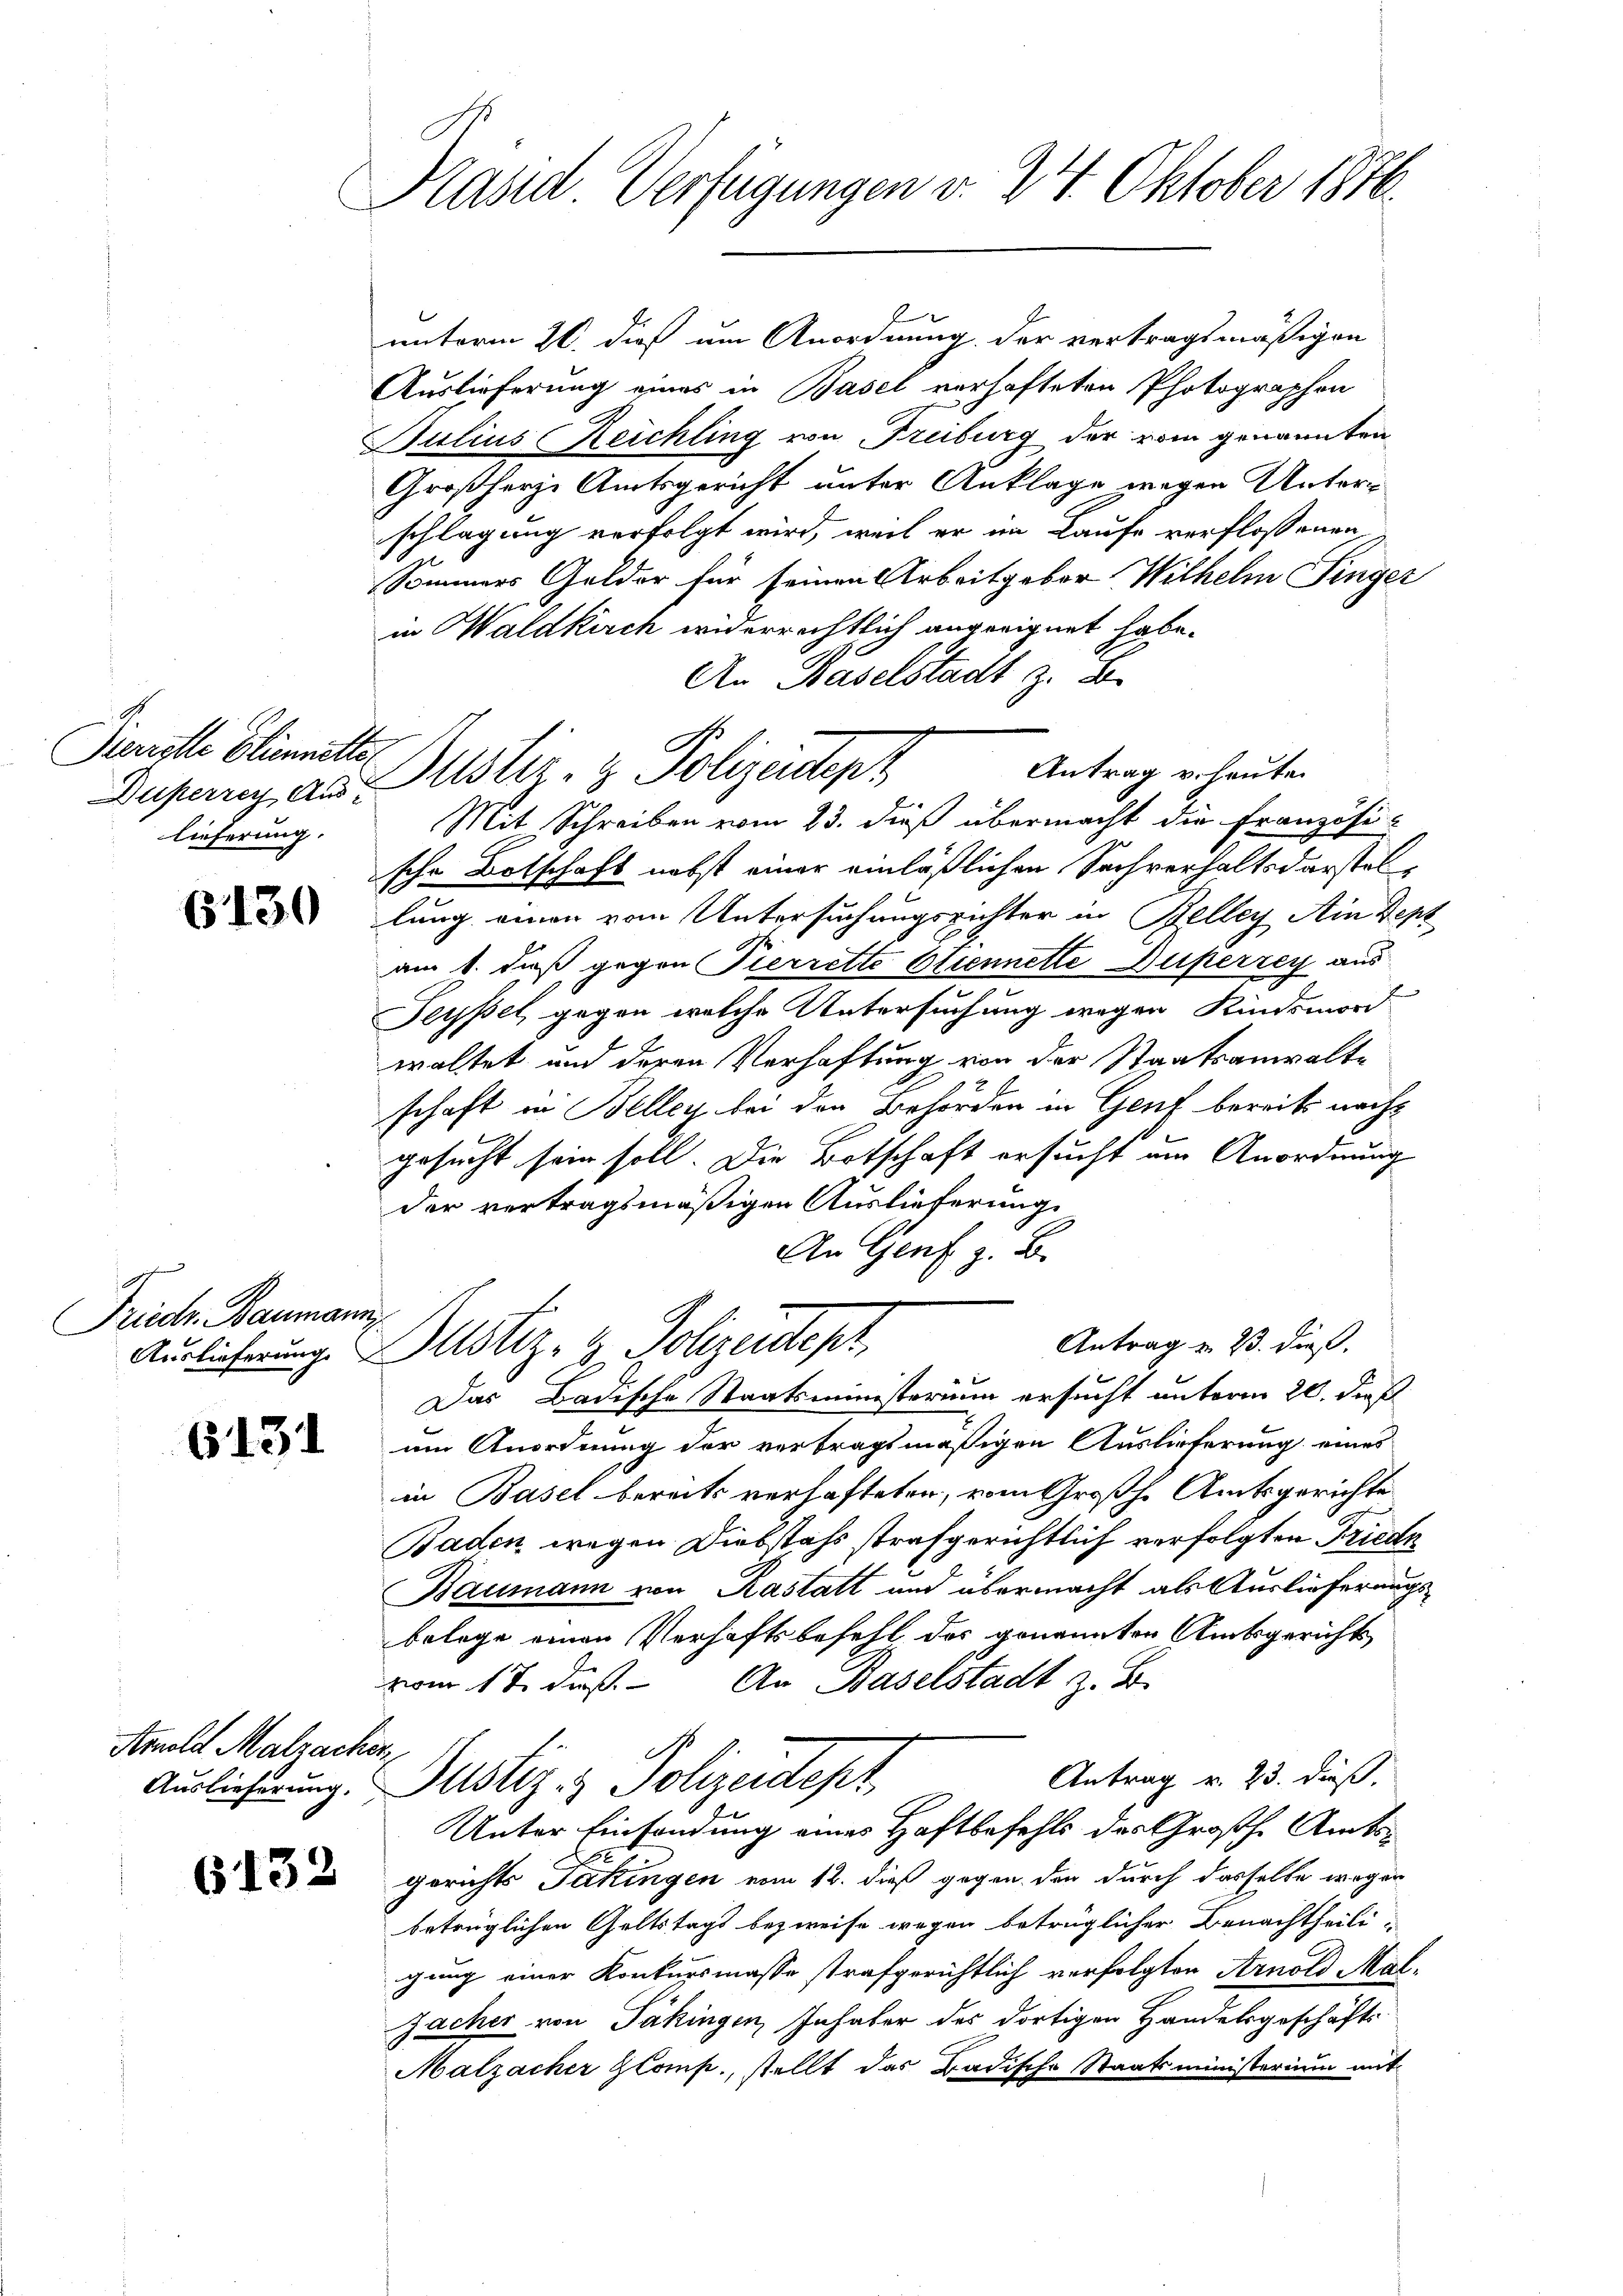
Pierrette Cliennette
Deißerrey Aus-
lieferung.

6130

Friedr. Baumanni

6131

Arnold Malzacher

6132

Präsid Verfügungen v. 24. Oktober 1816.

unterm 26. dieß um Anordnung der vertragsmäßigen
Auslieferung eines in Basel verhafteten Photographen
Julius Reichling von Freiburg der vom genannten
Großherze Amtsgericht unter Anklage wegen Unterschlagung verfolgt wird, weil er im Laufe verflossenen
Sommers Gelder für seinen Arbeitgebor Wilhelm Finger
in Waldkirch widerrechtlich angeeignet habe.
An Haselstadt z. B.
Mit Schreiben vom 23. dieß übermacht die Französi-
sche Botschaft nebst einer einläßlichen Sachverhaltsdarstellung einen vom Untersuchungsrichter in Belley Ain Depoam 1. daß gegen Pierrette Etiennette Duperzey aus
Seysel gegen welche Untersuchung wegen Kindsmor
waltet und deren Verhaftung von der Staatsanwalte
schaft in Belley bei den Behörden in Genf bereits nacht
gesucht sein soll. Die Botschaft ersucht am Anordnung
der vertragsmäßigen Auslieferung.
An Genf z. B.
Antrag u. 23. dieß.
Auslicherung. Justiz- & Polizeidept,
Das Badische Staatsministerium ersucht unterm 20. dieß
um Anordnung der vertragt mäßigen Auslieferung eines
in Basel bereits verhafteten, vom Großh. Amtsgerichte
Baden wegen Diebstahs strafgerichtlich verfolgten Friede
Baumann von Kastatt und übermacht als Auslieferungs-
belege einen Verhaftsbefehl der genannten Amtsgerichts
vom 18. daß. An Baselstadt z. B.
.
Antrag v. 23. dieß.
Auslieferung. Justiz- & Polizeidesz
Unter Einsendung einer Haftbefehls des Großh. Amtsgerichts Täkingen vom 12. dieß gegen den durch dasselbe wegen
betrüglichen Geltstags bezweife wegen betrüglicher Benachtheili-
gung einer Konkursmasse strafgerichtlich verfolgten Arnold Malsacher von Täkingen, Inhaber des dortigen Handelsgeschäfts
Malzacher Glomp., stellt das Badische Staatsministerium mit

Antrag v. heute.
Dustiz- & Polizeitigk